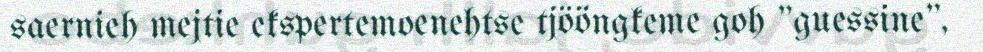
saernieh mejtie ekspertemoenehtse tjööngkeme goh "guessine",